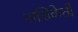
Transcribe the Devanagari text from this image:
नासिकेतो